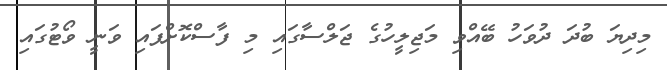
މިދިޔަ ބުދަ ދުވަހު ބޭއްވި މަޖިލީހުގެ ޖަލްސާގައި މި ފާސްކޮށްފައި ވަނީ ވޯޓުގައި